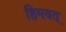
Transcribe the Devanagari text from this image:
हिमवत्‌